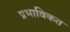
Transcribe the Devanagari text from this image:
प्रभाविकत